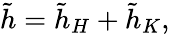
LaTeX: \begin{array}{r}{\tilde{h}=\tilde{h}_{H}+\tilde{h}_{K},}\end{array}